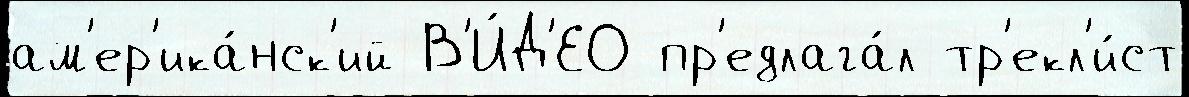
ам'ер'ика́нск'ий В'И́Д'ЕО пр'едлага́л тр'екл'и́ст